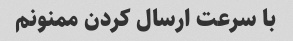
با سرعت ارسال کردن ممنونم